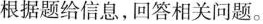
根据题给信息，回答相关问题。